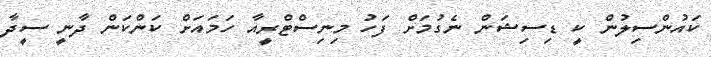
ކައުންސިލުން ކީ ޑިސިޝަން ނެގުމަށް ފަހު މިނިސްޓްރީއާ ހަމައަށް ކަންކަން ދާނީ ސީދާ